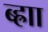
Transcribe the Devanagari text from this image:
ब्ह्राा